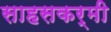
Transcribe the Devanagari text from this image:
साहसकर्मी